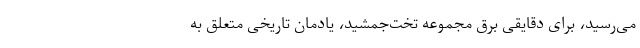
می‌رسید، برای دقایقی برق مجموعه تخت‌جمشید، یادمان تاریخی متعلق به